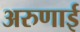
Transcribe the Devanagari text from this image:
अरुणाई